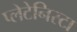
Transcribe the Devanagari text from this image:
प्‍लेटेनिस्‍टा